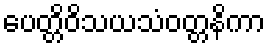
ပေတ္တိဝိသယသံဝတ္တနိကာ